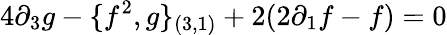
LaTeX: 4\partial_{3}g-\{ f^{2},g\} _{(3,1)}+2(2\partial_{1}f-f)=0